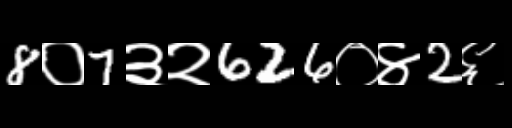
Text: 8०7३२626०४2६